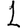
Digit: 1